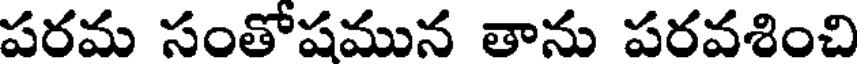
పరమ సంతోషమున తాను పరవశించి